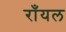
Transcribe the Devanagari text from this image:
राँयल